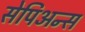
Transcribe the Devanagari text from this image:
सेपिअन्स